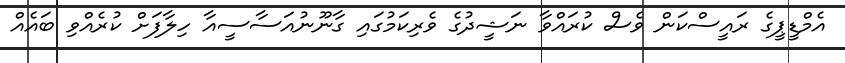
އެމްޑީޕީގެ ރައީސްކަން ވެސް ކުރައްވާ ނަޝީދުގެ ވެރިކަމުގައި ގާނޫނުއަސާސީއާ ހިލާފަށް ކުރެއްވި ބައެއް